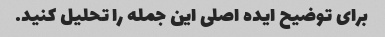
برای توضیح ایده اصلی این جمله را تحلیل کنید.